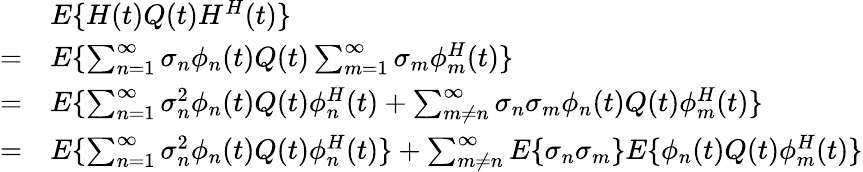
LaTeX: \begin{array}{rl}&{E\{ H(t)Q(t)H^{H}(t)\} }\\ {=}&{E\{ \sum_{n=1}^{\infty}\sigma_{n}\phi_{n}(t)Q(t)\sum_{m=1}^{\infty}\sigma_{m}\phi_{m}^{H}(t)\} }\\ {=}&{E\{ \sum_{n=1}^{\infty}\sigma_{n}^{2}\phi_{n}(t)Q(t)\phi_{n}^{H}(t)+\sum_{m\neq n}^{\infty}\sigma_{n}\sigma_{m}\phi_{n}(t)Q(t)\phi_{m}^{H}(t)\} }\\ {=}&{E\{ \sum_{n=1}^{\infty}\sigma_{n}^{2}\phi_{n}(t)Q(t)\phi_{n}^{H}(t)\} +\sum_{m\neq n}^{\infty}E\{ \sigma_{n}\sigma_{m}\} E\{ \phi_{n}(t)Q(t)\phi_{m}^{H}(t)\} }\end{array}